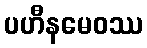
ပဟီနမေဝဿ